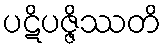
ပဋိပဇ္ဇိဿတိ